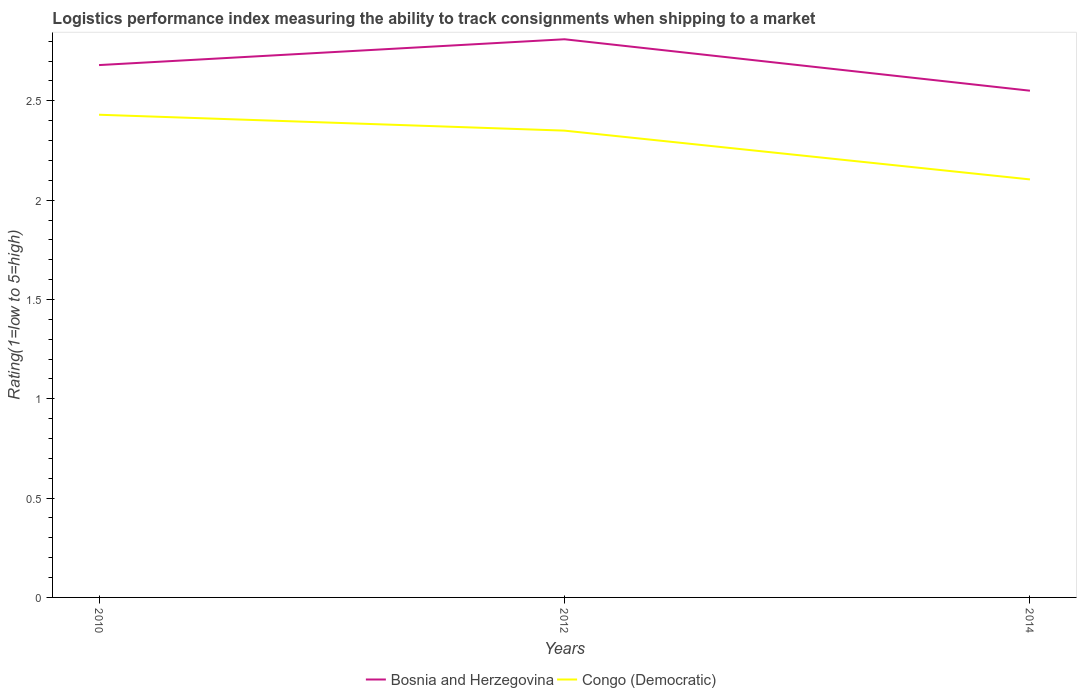
| Years | Bosnia and Herzegovina | Congo (Democratic) |
 | --- | --- | --- |
 | 2010 | 2.68 | 2.43 |
 | 2012 | 2.81 | 2.35 |
 | 2014 | 2.55 | 2.1 |